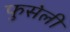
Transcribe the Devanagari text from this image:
फुसेली